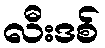
လီးဒစ်